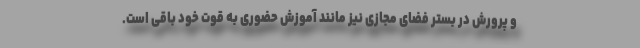
و پرورش در بستر فضای مجازی نیز مانند آموزش حضوری به قوت خود باقی است.